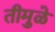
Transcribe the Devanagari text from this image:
तीमुळे